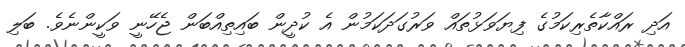
އަދި ރައްކާތެރިކަމުގެ ފިޔަވަޅުތައް ވަރުގަދަކަމުން އެ ކުދީން ބައިތިއްބަން ޖެހޭނީ ވަކީންނެވެ. ބަލި